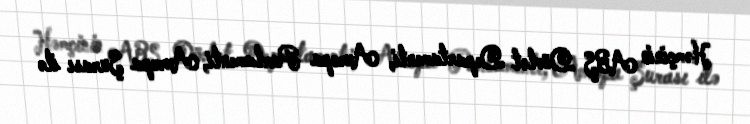
Həmçinin ABŞ Dövlət Departamenti, Avropa Parlamenti, Avropa Şurası ilə